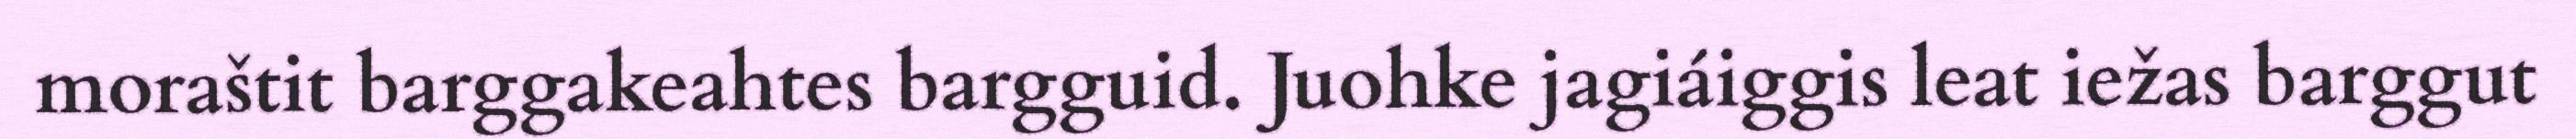
moraštit barggakeahtes bargguid. Juohke jagiáiggis leat iežas barggut